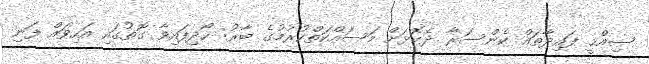
ޞިއްޙީ ފައިދާތައް ކެންސަރާ ދެކޮޅަށް މަސައްކަތްކުރުމުގެ ބާރު: ހޯދިފައިވާ ގޮތުގައި އަހިވައް ފަނި